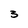
Character: 3